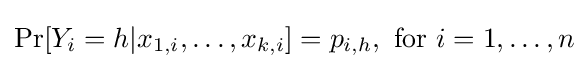
\Pr[Y_{i}=h|x_{1,i},\ldots ,x_{k,i}]=p_{i,h},{\text{ for }}i=1,\dots ,n